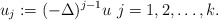
\begin{align*}u_{j} := (-\Delta)^{j-1}u \,\, j = 1,2,\ldots, k.\end{align*}